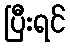
ပြီးရင်